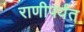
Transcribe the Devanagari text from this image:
राणीपर्यंत